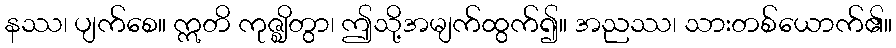
နဿ၊ ပျက်စေ။ ဣတိ ကုဇ္ဈိတွာ၊ ဤသို့အမျက်ထွက်၍။ အညဿ၊ သားတစ်ယောက်၏။